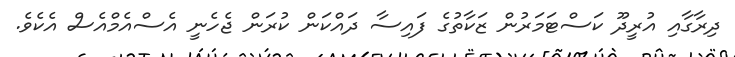
ދިރާގާއި އުރީދޫ ކަސްޓަމަރުން ޒަކާތުގެ ފައިސާ ދައްކަން ކުރަން ޖެހެނީ އެސްއެމްއެސް އެކެވެ.